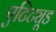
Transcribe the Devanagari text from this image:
एटिट्यूड